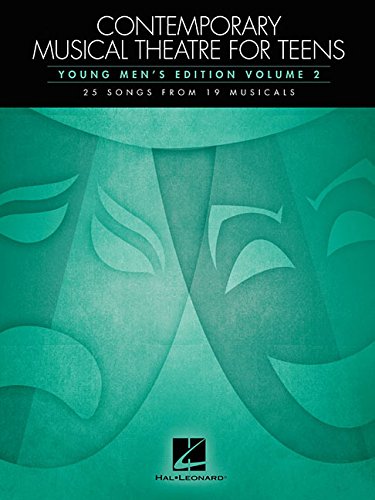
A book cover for Contemporary Musical Theatre for Teens: Young Men's Edition Volume 2 25 Songs from 19 Musicals; Hal Leonard Corp.; Teen & Young Adult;